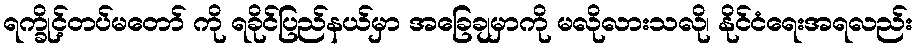
ရက္ခိုင့်တပ်မတော် ကို ရခိုင်ပြည်နယ်မှာ အခြေချမှာကို မလိုလားသလို၊ နိုင်ငံရေးအရလည်း